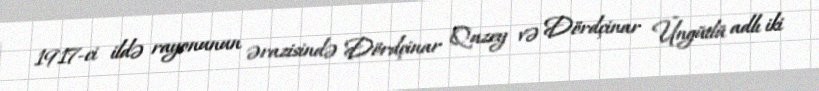
1917-ci ildə rayonunun ərazisində Dördçinar Quzey və Dördçinar Üngütlü adlı iki